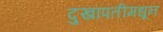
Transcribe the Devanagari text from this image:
दुखापतीमधून